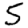
Digit: 5